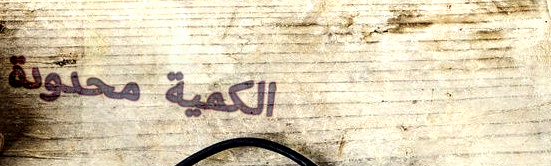
الكمية محدودة